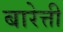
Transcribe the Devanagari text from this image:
बारेत्ती